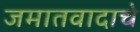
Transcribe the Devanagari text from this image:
जमातवादाचे